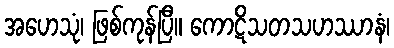
အဟေသုံ၊ ဖြစ်ကုန်ပြီ။ ကောဋိသတသဟဿာနံ၊